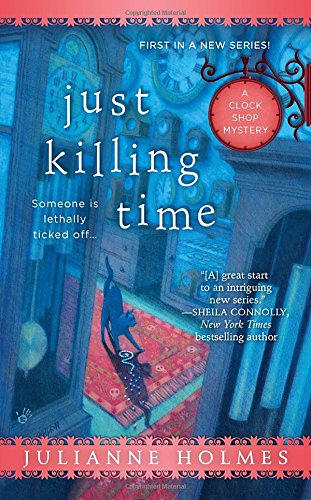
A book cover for Just Killing Time (A Clock Shop Mystery); Julianne Holmes; Mystery, Thriller & Suspense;